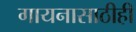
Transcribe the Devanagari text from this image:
गायनासाठीही